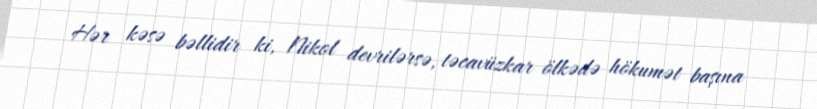
Hər kəsə bəllidir ki, Nikol devrilərsə, təcavüzkar ölkədə hökumət başına